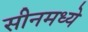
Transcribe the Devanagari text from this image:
सीनमध्ये